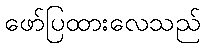
ဖော်ပြထားလေသည်